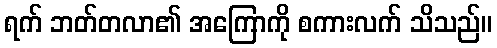
ရက် ဘတ်တလာ၏ အကြောကို စကားလက် သိသည်။